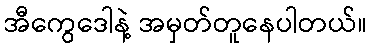
အီကွေဒေါနဲ့ အမှတ်တူနေပါတယ်။